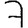
Digit: 7